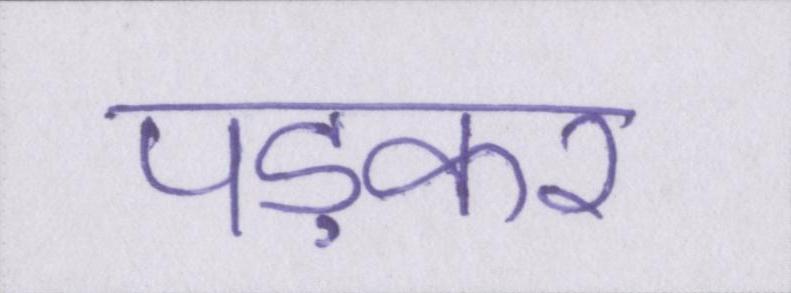
पड़कर